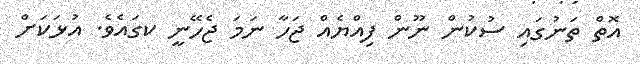
އޮތް ތަނުގައި ސުކުން ނޫން ފިއްޔެއް ޖަހާ ނަމަ ޖެހޭނީ ކގައެވެ. އުޅަކަށް